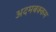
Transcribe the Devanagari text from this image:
अदमबक्कम